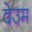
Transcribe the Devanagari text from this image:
देउम